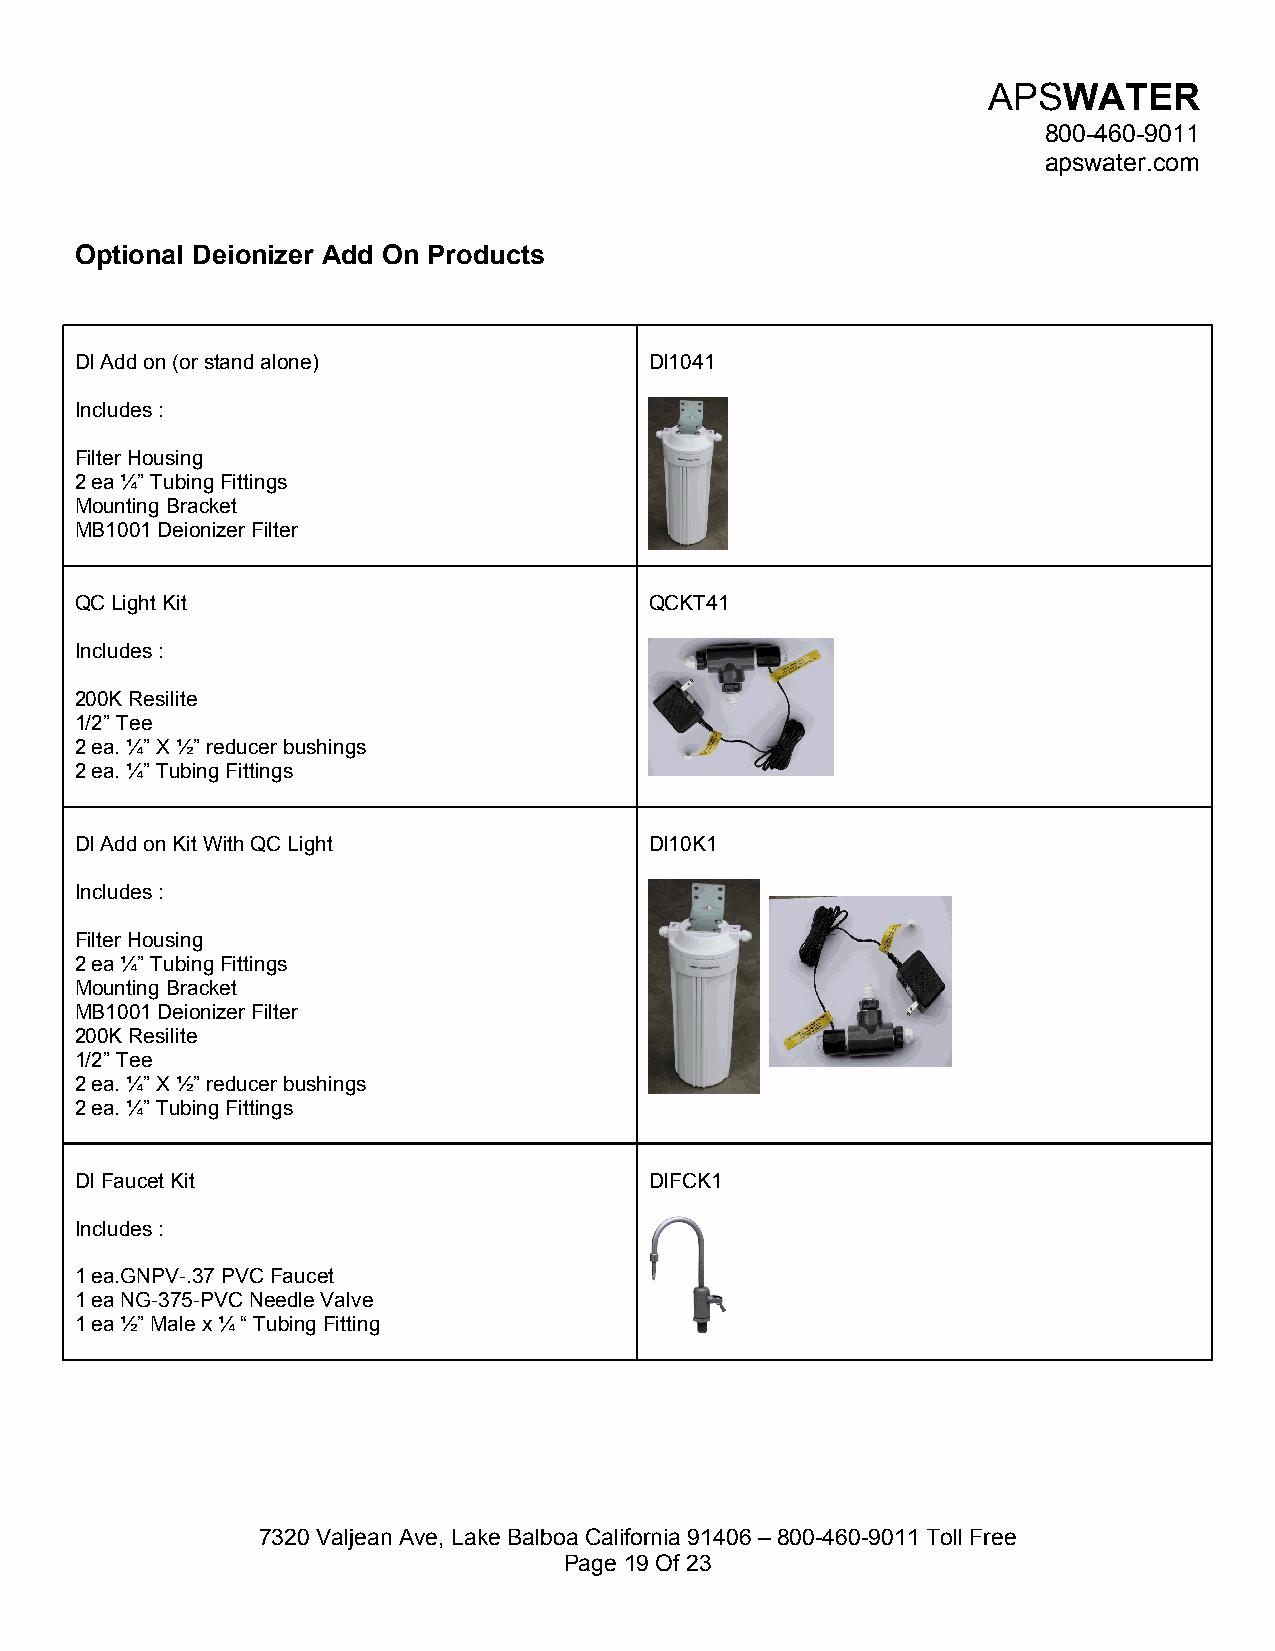
APSWATER
 800-460-9011
 apswater.com
 Optional Deionizer Add On Products
 DI Add on (or stand alone)            DI1041
 Includes :
 Filter Housing
 2 ea ¼” Tubing Fittings
 Mounting Bracket
 MB1001 Deionizer Filter
 QC Light Kit                          QCKT41
 Includes :
 200K Resilite
 1/2” Tee
 2 ea. ¼” X ½” reducer bushings
 2 ea. ¼” Tubing Fittings
 DI Add on Kit With QC Light           DI10K1
 Includes :
 Filter Housing
 2 ea ¼” Tubing Fittings
 Mounting Bracket
 MB1001 Deionizer Filter
 200K Resilite
 1/2” Tee
 2 ea. ¼” X ½” reducer bushings
 2 ea. ¼” Tubing Fittings
 DI Faucet Kit                         DIFCK1
 Includes :
 1 ea.GNPV-.37 PVC Faucet
 1 ea NG-375-PVC Needle Valve
 1 ea ½” Male x ¼ “ Tubing Fitting
 7320 Valjean Ave, Lake Balboa California 91406 – 800-460-9011 Toll Free
 Page 19 Of 23